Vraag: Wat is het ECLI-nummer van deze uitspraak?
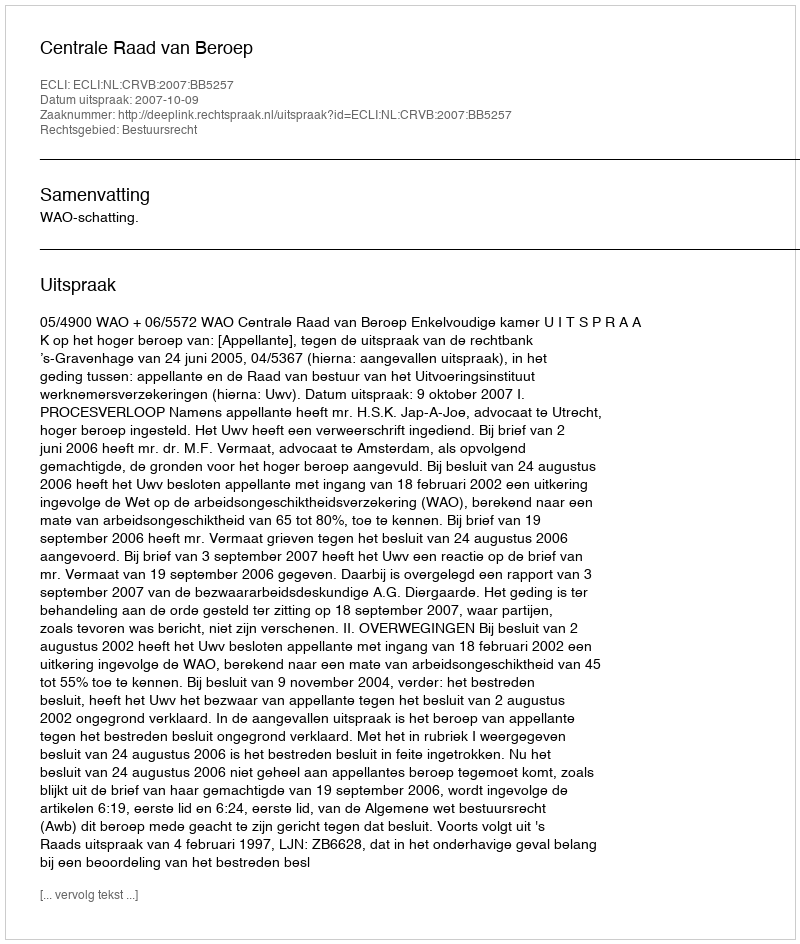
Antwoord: ECLI:NL:CRVB:2007:BB5257